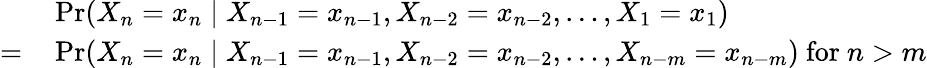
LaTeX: \begin{array}{rl}{{}}&{{}\operatorname*{Pr}(X_{n}=x_{n}\mid X_{n-1}=x_{n-1},X_{n-2}=x_{n-2},\dots,X_{1}=x_{1})}\\ {=}&{{}\operatorname*{Pr}(X_{n}=x_{n}\mid X_{n-1}=x_{n-1},X_{n-2}=x_{n-2},\dots,X_{n-m}=x_{n-m}){\mathrm{~for~}}n>m}\end{array}